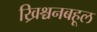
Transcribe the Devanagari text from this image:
ख्रिश्चनबहूल